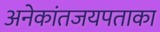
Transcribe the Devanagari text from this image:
अनेकांतजयपताका